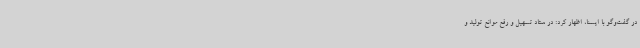
در گفت‌وگو با ایسنا، اظهار کرد: در ستاد تسهیل و رفع موانع تولید و